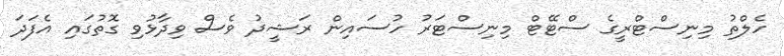
ހެލްތު މިނިސްޓްރީގެ ސްޓޭޓް މިނިސްޓަރު ހުސައިން ރަޝީދު ވެސް ވިދާޅުވި ގޮތުގައި އެފަދަ